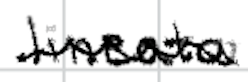
Text: lineata
Cross-out: wave
Writing tool: digital_black